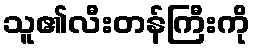
သူ၏လီးတန်ကြီးကို